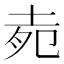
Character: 𡋞